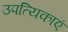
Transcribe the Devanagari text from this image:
उपत्यिकाएं